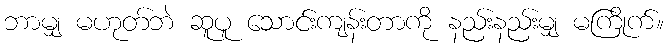
ဘာမျှ မဟုတ်ဘဲ ဆူပူ သောင်းကျန်းတာကို နည်းနည်းမျှ မကြိုက်။